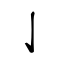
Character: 亅